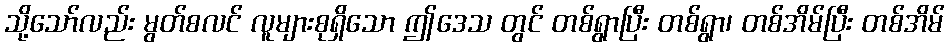
သို့သော်လည်း မွတ်စလင် လူများစုရှိသော ဤဒေသ တွင် တစ်ရွာပြီး တစ်ရွာ၊ တစ်အိမ်ပြီး တစ်အိမ်